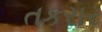
તકરાર